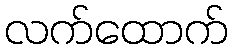
လက်ထောက်